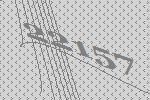
22157